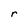
Character: r